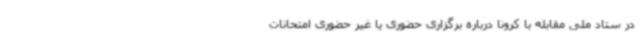
در ستاد ملی مقابله با کرونا درباره برگزاری حضوری یا غیر حضوری امتحانات